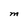
Character: M